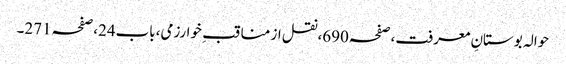
حوالہ بوستانِ معرفت،صفحہ690،نقل از مناقب ِ خوارزمی،باب24،صفحہ271۔